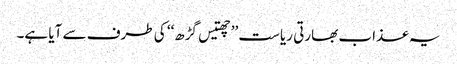
یہ عذاب بھارتی ریاست ’’چھتیس گڑھ‘‘ کی طرف سے آیا ہے۔